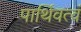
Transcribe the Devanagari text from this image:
पार्थिवत्वं